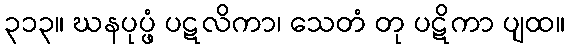
၃၁၃။ ဃနပုပ္ဖံ ပဋလိကာ၊ သေတံ တု ပဋိကာ ပျထ။